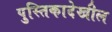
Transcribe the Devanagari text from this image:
पुस्तिकादेखील